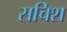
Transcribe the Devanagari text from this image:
सचिश